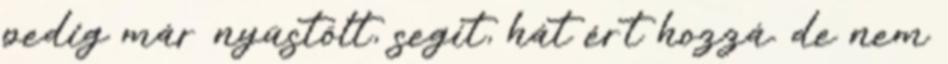
pedig már nyüstölt, segít, hát ért hozzá. de nem